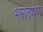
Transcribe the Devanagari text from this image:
भरतप्पा